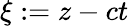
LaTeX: \xi:=z-ct